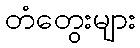
တံတွေးများ